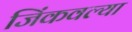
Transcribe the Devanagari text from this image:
जिंकवल्या